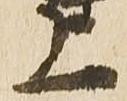
上